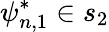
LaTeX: \psi_{n,1}^{*}\in s_{2}